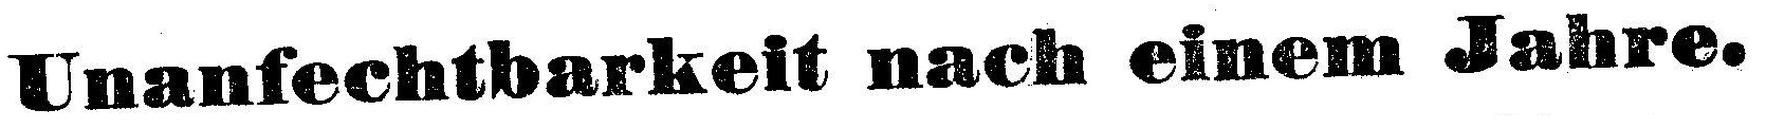
Unanfechtbarkeit nach einem Jahre.